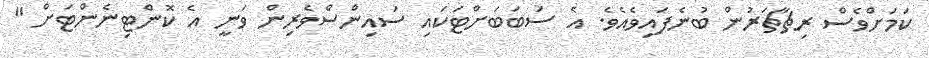
ކަމަށްވެސް ރިޗާޗަރުން ބުނެފައިވެއެވެ. އެ ސަބަބަށްޓަކައި ސައިންސްވެރިން ވަނީ އެ ކޮންޓިނެންޓަށް "